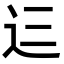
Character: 𮞁